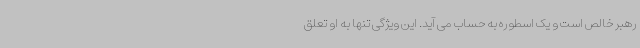
رهبر خالص است و یک اسطوره به حساب می آید. این ویژگی تنها به او تعلق